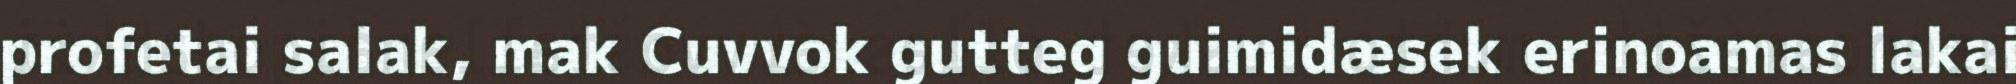
profetai salak, mak Cuvvok gutteg guimidæsek erinoamas lakai